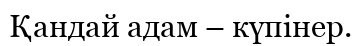
Қандай адам – күпінер.